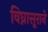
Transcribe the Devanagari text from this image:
विघ्नासूराने